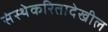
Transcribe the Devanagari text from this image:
संस्थेकरितादेखील